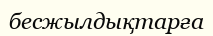
бесжылдықтарға